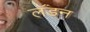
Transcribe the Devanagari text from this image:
लॅंडन